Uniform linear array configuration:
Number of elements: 8
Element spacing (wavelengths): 1
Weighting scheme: exponential
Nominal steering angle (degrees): -45
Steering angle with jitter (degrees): -45.779
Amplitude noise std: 0.05
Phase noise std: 0.05

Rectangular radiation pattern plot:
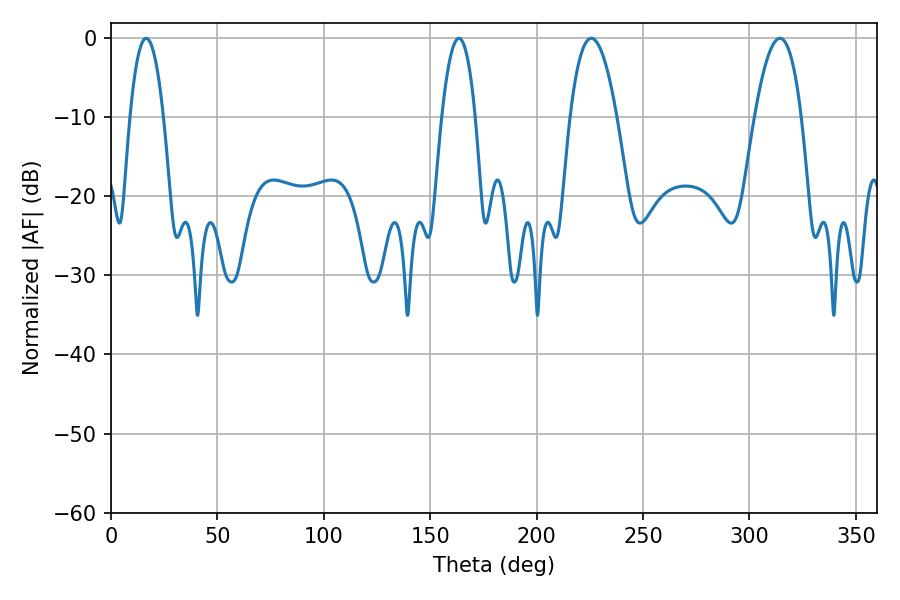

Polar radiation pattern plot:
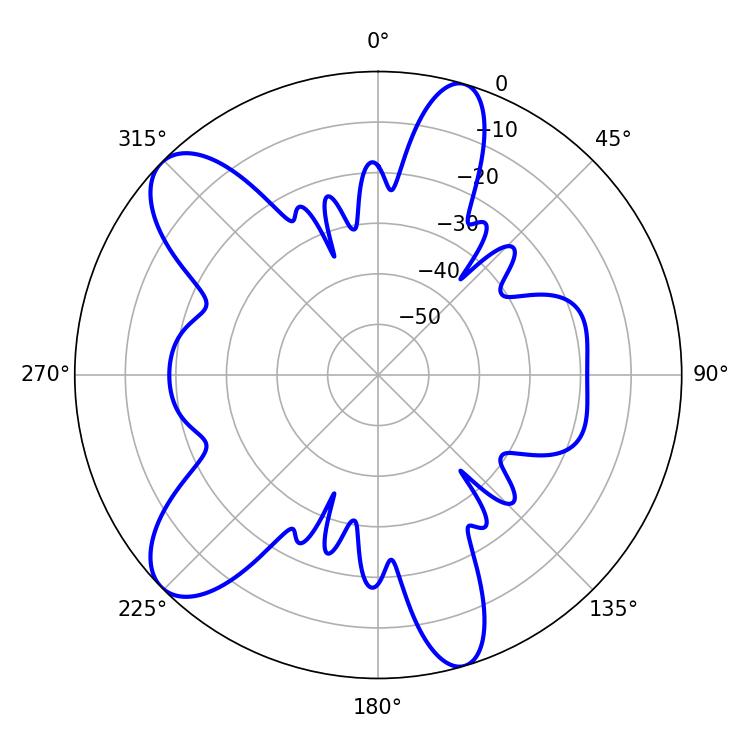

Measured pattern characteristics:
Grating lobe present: TRUE
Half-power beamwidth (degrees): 12.06
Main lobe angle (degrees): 225.72